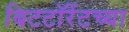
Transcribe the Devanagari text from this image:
बिटटॉरेंटच्या